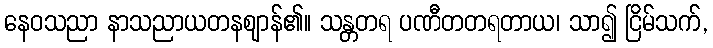
နေဝသညာ နာသညာယတနဈာန်၏။ သန္တတရ ပဏီတတရတာယ၊ သာ၍ ငြိမ်သက်,